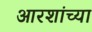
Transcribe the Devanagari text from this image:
आरशांच्या